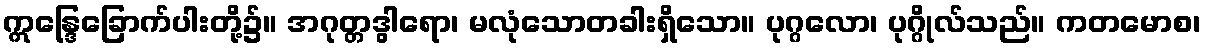
ဣန္ဒြေခြောက်ပါးတို့၌။ အဂုတ္တဒွါရော၊ မလုံသောတခါးရှိသော။ ပုဂ္ဂလော၊ ပုဂ္ဂိုလ်သည်။ ကတမောစ၊